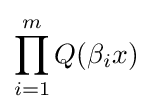
\prod _{i=1}^{m}Q(\beta _{i}x)\